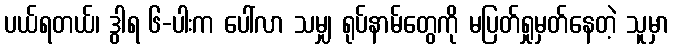
ပယ်ရတယ်၊ ဒွါရ ၆-ပါးက ပေါ်လာ သမျှ ရုပ်နာမ်တွေကို မပြတ်ရှုမှတ်နေတဲ့ သူမှာ